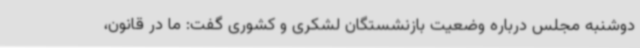
دوشنبه مجلس درباره وضعیت بازنشستگان لشکری و کشوری گفت: ما در قانون،